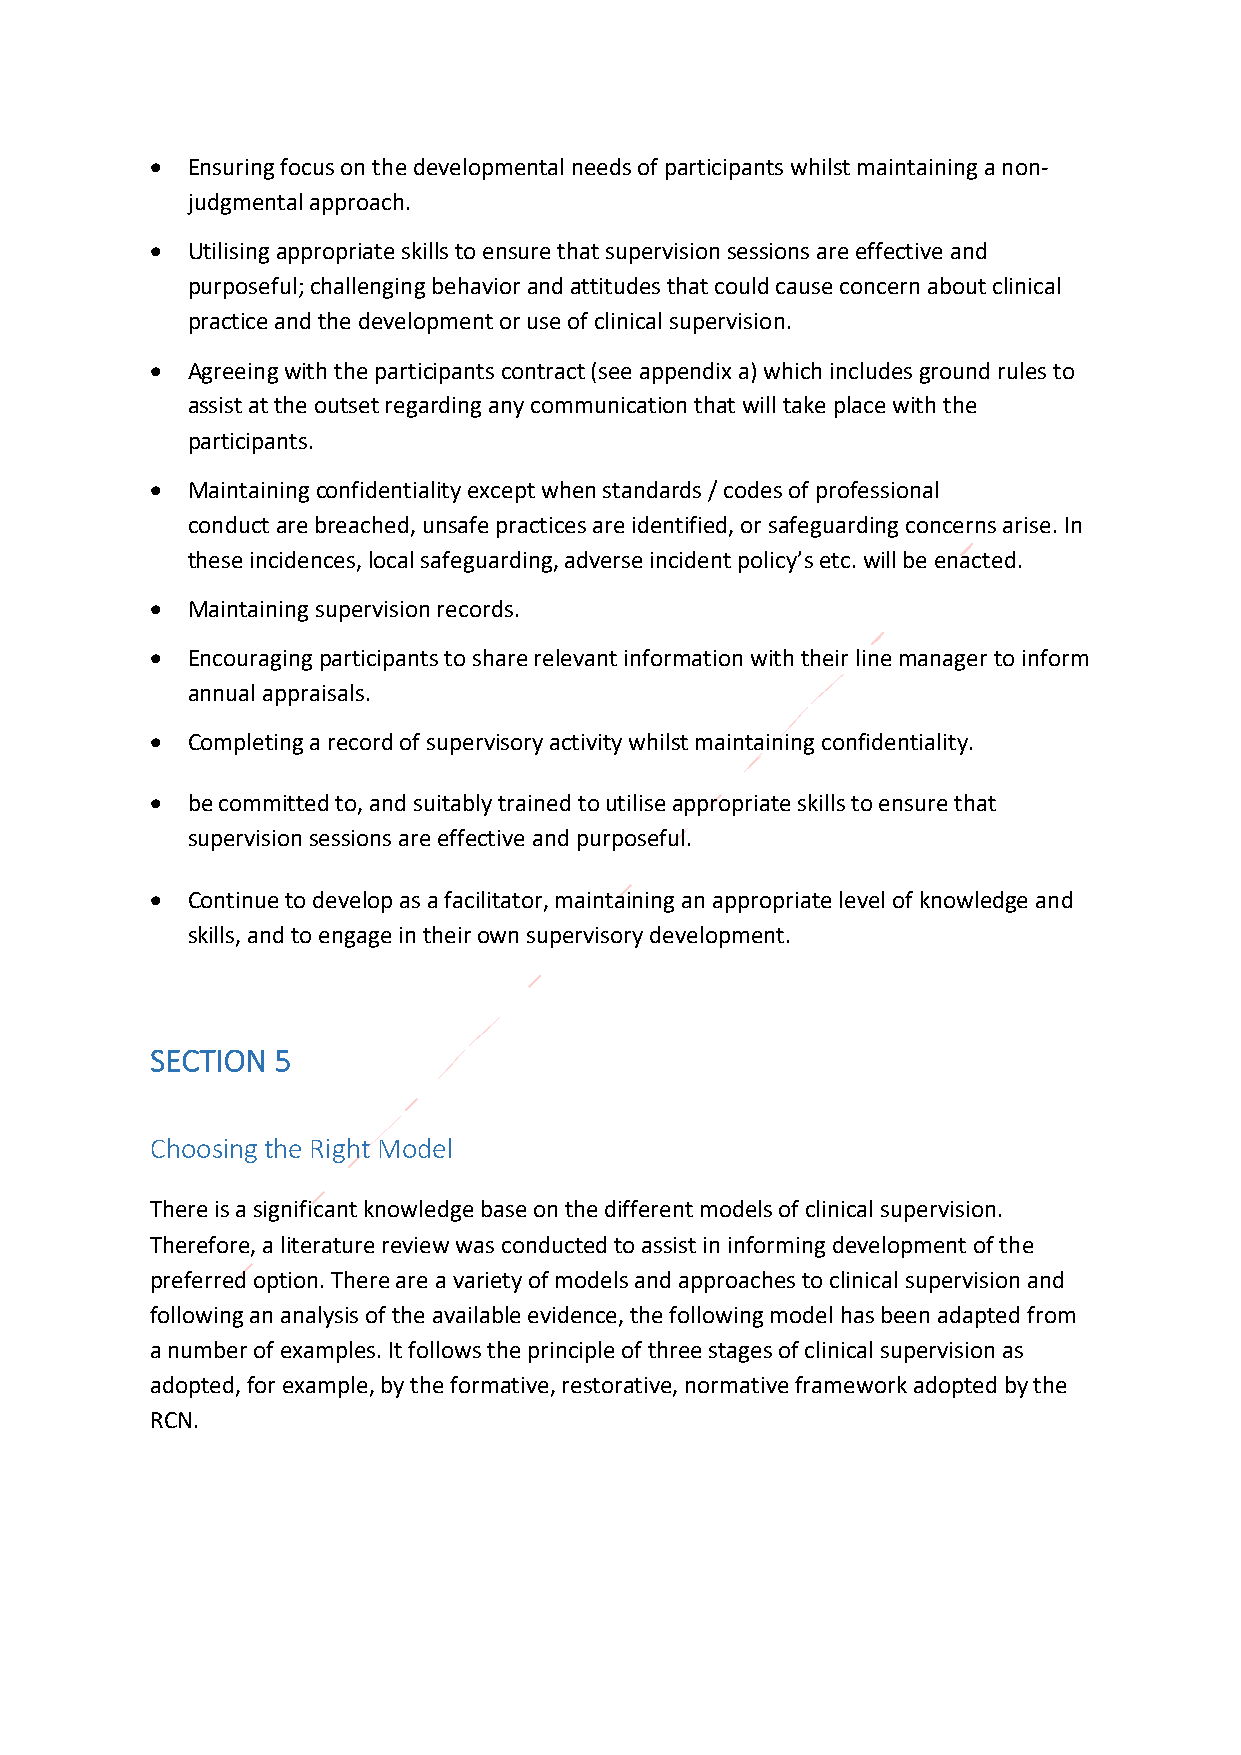
• Ensuring focus on the developmental needs of participants whilst maintaining a non-
 judgmental approach.
 • Utilising appropriate skills to ensure that supervision sessions are effective and
 purposeful; challenging behavior and attitudes that could cause concern about clinical
 practice and the development or use of clinical supervision.
 • Agreeing with the participants contract (see appendix a) which includes ground rules to
 assist at the outset regarding any communication that will take place with the
 participants.
 • Maintaining confidentiality except when standards / codes of professional
 conduct are breached, unsafe practices are identified, or safeguarding concerns arise. In
 these incidences, local safeguarding, adverse incident policy’s etc. will be enacted.
 • Maintaining supervision records.
 • Encouraging participants to share relevant information with their line manager to inform
 annual appraisals.
 • Completing a record of supervisory activity whilst maintaining confidentiality.
 • be committed to, and suitably trained to utilise appropriate skills to ensure that
 supervision sessions are effective and purposeful.
 • Continue to develop as a facilitator, maintaining an appropriate level of knowledge and
 skills, and to engage in their own supervisory development.
 SECTION 5
 Choosing the Right Model
 There is a significant knowledge base on the different models of clinical supervision.
 Therefore, a literature review was conducted to assist in informing development of the
 preferred option. There are a variety of models and approaches to clinical supervision and
 following an analysis of the available evidence, the following model has been adapted from
 a number of examples. It follows the principle of three stages of clinical supervision as
 adopted, for example, by the formative, restorative, normative framework adopted by the
 RCN.